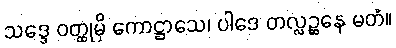
သဒ္ဒေ ဝတ္ထုမှိ ကောဋ္ဌာသေ၊ ပါဒေ တလ္လဉ္ဆနေ မတံ။